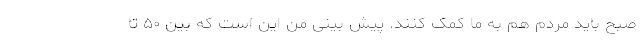
صبح باید مردم هم به ما کمک کنند. پیش بینی من این است که بین ۵۰ تا